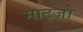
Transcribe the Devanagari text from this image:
माट्ज़ो